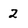
Character: 2